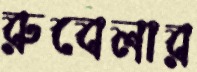
রুবেলার